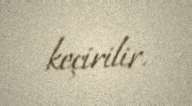
keçirilir.